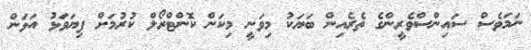
ނަމަވެސް ސައިންސްވެރީންގެ ތެރެއިން ބަޔަކު މިވަނީ މިކަން ކޮންޓްރޯލް ކުރުމަށް ފިޔަވަޅު އަޅަން